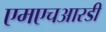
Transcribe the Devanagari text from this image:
एमएचआरडी